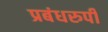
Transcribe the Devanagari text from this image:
प्रबंधरुपी